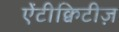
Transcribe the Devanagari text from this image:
ऐंटीक्विटीज़